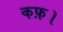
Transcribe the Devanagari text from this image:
कफ़।